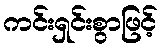
ကင်းရှင်းစွာဖြင့်